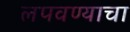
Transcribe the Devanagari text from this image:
लपवण्याचा